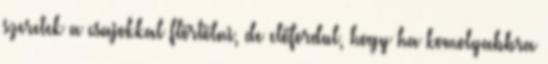
szeretek a csajokkal flörtölni, de előfordul, hogy ha komolyabbra